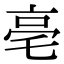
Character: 亳